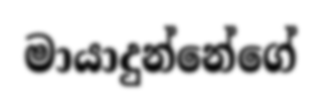
මායාදුන්නේගේ